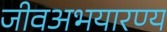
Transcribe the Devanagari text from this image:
जीवअभयारण्य